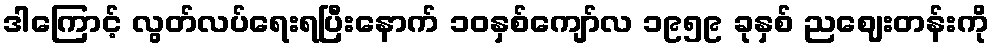
ဒါကြောင့် လွတ်လပ်ရေးရပြီးနောက် ၁၀နှစ်ကျော်လ ၁၉၅၉ ခုနှစ် ညဈေးတန်းကို